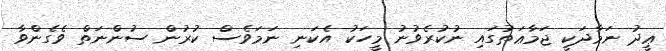
ޢީދު ނަމާދަކީ ޖަމާޢަތުގައި ނުކުރެވުނު މީހަކު އެކަނި ނަމަވެސް ކުރުން ސުންނަތް ވެގެންވާ